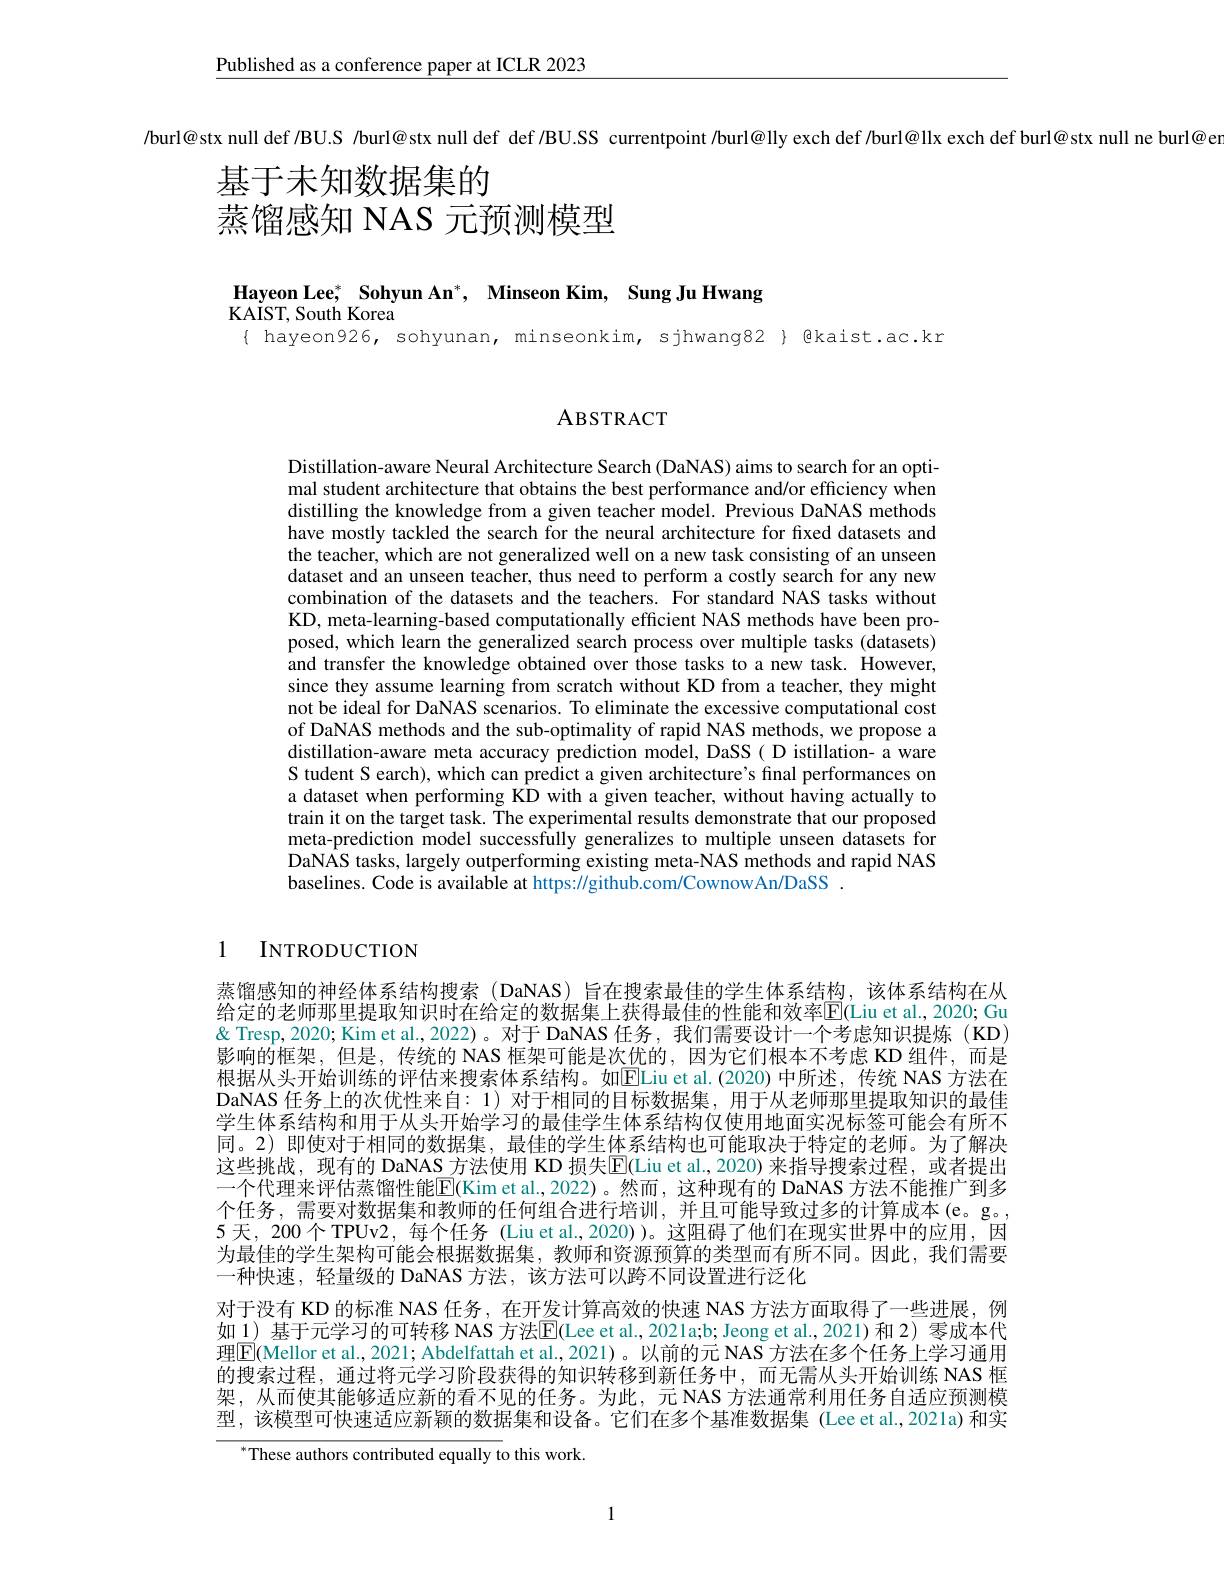
Published as a conference paper at ICLR 2023

/burl@stx null def/BU.S /burl@stx null def def/BU.SS currentpoint /burl@lly exch def /burl@llx exch def burl@stx null ne burl@e
基于未知数据集的
蒸馏感知 NAS 元预测模型

Hayeon Lee, Sohyun An$^*$, Minseon Kim, Sung Ju Hwang

KAIST, South Korea

$\{ hayeon926, sohyunan, minseonkim, sjhwang82 \} @kaist.ac.kr$

ABSTRACT

Distillation-aware Neural Architecture Search (DaNAS) aims to search for an optimal student architecture that obtains the best performance and/or efficiency when distilling the knowledge from a given teacher model. Previous DaNAS methods have mostly tackled the search for the neural architecture for fixed datasets and the teacher, which are not generalized well on a new task consisting of an unseen dataset and an unseen teacher, thus need to perform a costly search for any new combination of the datasets and the teachers. For standard NAS tasks without KD, meta-learning-based computationally efficient NAS methods have been proposed, which learn the generalized search process over multiple tasks (datasets) and transfer the knowledge obtained over those tasks to a new task. However, since they assume learning from scratch without KD from a teacher, they might not be ideal for DaNAS scenarios. To eliminate the excessive computational cost of DaNAS methods and the sub-optimality of rapid NAS methods, we propose a distillation-aware meta accuracy prediction model, DaSS( D istillation- a ware S tudent S earch), which can predict a given architecture's final performances on a dataset when performing KD with a given teacher, without having actually to train it on the target task. The experimental results demonstrate that our proposed meta-prediction model successfully generalizes to multiple unseen datasets for DaNAS tasks, largely outperforming existing meta-NAS methods and rapid NAS baselines. Code is available at https://github.com/CownowAn/DaSS .

1 INTRODUCTION

蒸馏感知的神经体系结构搜索 (DaNAS) 旨在搜索最佳的学生体系结构，该体系结构在从给定的老师那里提取知识时在给定的数据集上获得最佳的性能和效率$\overline{\mathbb{E}}($Liu et al., 2020; Gu & Tresp, 2020; Kim et al., 2022)。对于 DaNAS 任务，我们需要设计一个考虑知识提炼 (KD) 影响的框架，但是，传统的 NAS 框架可能是次优的，因为它们根本不考虑 KD 组件，而是根据从头开始训练的评估来搜索体系结构。如ELiu et al.(2020) 中所述，传统 NAS 方法在DaNAS 任务上的次优性来自：1)对于相同的目标数据集，用于从老师那里提取知识的最佳学生体系结构和用于从头开始学习的最佳学生体系结构仅使用地面实况标签可能会有所不同。2)即使对于相同的数据集，最佳的学生体系结构也可能取决于特定的老师。为了解决这些挑战，现有的 DaNAS 方法使用 KD 损失$\overline{\mathrm{E}}($Liu et al.,2020)来指导搜索过程，或者提出一个代理来评估蒸馏性能$\overline{\mathrm{E}}($Kim et al.,2022)。然而，这种现有的 DaNAS 方法不能推广到多个任务，需要对数据集和教师的任何组合进行培训，并且可能导致过多的计算成本(e。g。5 天，200 个 TPUv2, 每个任务 (Liu et al., 2020) )。这阻碍了他们在现实世界中的应用，因为最佳的学生架构可能会根据数据集，教师和资源预算的类型而有所不同。因此，我们需要一种快速，轻量级的 DaNAS 方法，该方法可以跨不同设置进行泛化
对于没有 KD 的标准 NAS 任务，在开发计算高效的快速 NAS 方法方面取得了一些进展，例如 1) 基于元学习的可转移 NAS 方法E(Lee et al.,2021a;b; Jeong et al.,2021)和 2) 零成本代理$\boxed{\mathrm{F}}($Mellor et al., 2021; Abdelfattah et al., 2021)。以前的元 NAS 方法在多个任务上学习通用的搜索过程，通过将元学习阶段获得的知识转移到新任务中，而无需从头开始训练 NAS 框架，从而使其能够适应新的看不见的任务。为此，元 NAS 方法通常利用任务自适应预测模型，该模型可快速适应新颖的数据集和设备。它们在多个基准数据集 (Lee et al.,2021a)和实
${}^{*}$These authors contributed equally to this work.

1